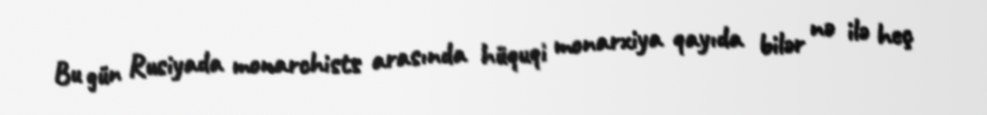
Bu gün Rusiyada monarchists arasında hüquqi monarxiya qayıda bilər nə ilə heç